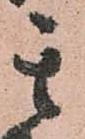
其